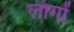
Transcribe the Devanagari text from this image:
लोगोें